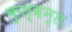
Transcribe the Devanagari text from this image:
कुल्वन्त